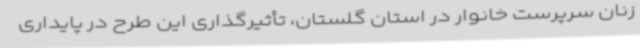
زنان سرپرست خانوار در استان گلستان، تأثیرگذاری این طرح در پایداری